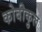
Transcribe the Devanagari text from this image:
कोबीकुल